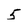
Character: 5